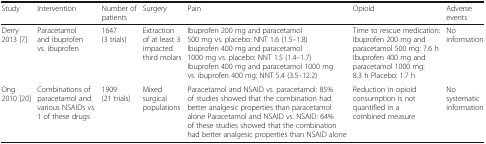
<table><thead><tr><td><b>Study</b></td><td><b>Intervention</b></td><td><b>Number of patients</b></td><td><b>Surgery</b></td><td><b>Pain</b></td><td><b>Opioid</b></td><td><b>Adverse events</b></td></tr></thead><tbody><tr><td>Derry 2013 [7]</td><td>Paracetamol and ibuprofen vs. ibuprofen</td><td>1647 (3 trials)</td><td>Extraction of at least 3 impacted third molars</td><td>Ibuprofen 200 mg and paracetamol 500 mg vs. placebo: NNT 1.6 (1.5–1.8) Ibuprofen 400 mg and paracetamol 1000 mg vs. placebo: NNT 1.5 (1.4–1.7) Ibuprofen 400 mg and paracetamol 1000 mg vs. ibuprofen 400 mg: NNT 5.4 (3.5–12.2)</td><td>Time to rescue medication: Ibuprofen 200 mg and paracetamol 500 mg: 7.6 h Ibuprofen 400 mg and paracetamol 1000 mg: 8.3 h Placebo: 1.7 h</td><td>No information</td></tr><tr><td>Ong 2010 [20]</td><td>Combinations of paracetamol and various NSAIDs vs. 1 of these drugs</td><td>1909 (21 trials)</td><td>Mixed surgical populations</td><td>Paracetamol and NSAID vs. paracetamol: 85% of studies showed that the combination had better analgesic properties than paracetamol alone Paracetamol and NSAID vs. NSAID: 64% of these studies showed that the combination had better analgesic properties than NSAID alone</td><td>Reduction in opioid consumption is not quantified in a combined measure</td><td>No systematic information</td></tr></tbody></table>